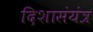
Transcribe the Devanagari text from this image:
दिशासंयंत्र